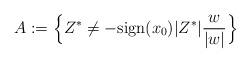
LaTeX: \begin{align*}A:=\Big\{Z^\ast\neq -\mathrm{sign}(x_0)|Z^\ast|\frac{w}{|w|}\Big\}\end{align*}